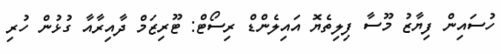
ހުސައިން ފިޔާޒު މޫސާ ފިލިތެޔޮ އައިލެންޑް ރިސޯޓް: ޓޫރިޒަމް ދާއިރާއާ ގުޅުން ހުރި